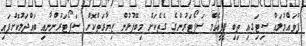
ފުވައްމުލައް ސިޓިަގއި ތިބި ޕީޕީއެމް ސަޕޯޓަރުންގެ ގެތެކަށް މިބޭފުޅުން ޒިޔާރަތްކޮށް ސަޕޯޓަރުންނާއި ބައްދަލުކޮށްފައި